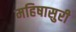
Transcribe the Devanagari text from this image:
महिषासुरी